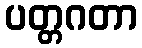
ပတ္တဂတာ